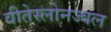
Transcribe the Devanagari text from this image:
वीतेस्लोनज्वल